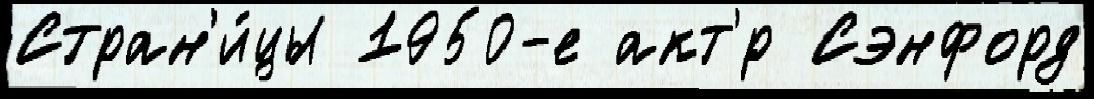
Стран'и́цы 1950-е акт'́р Сэнфорд